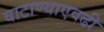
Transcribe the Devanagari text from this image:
वाटाण्याएवढी